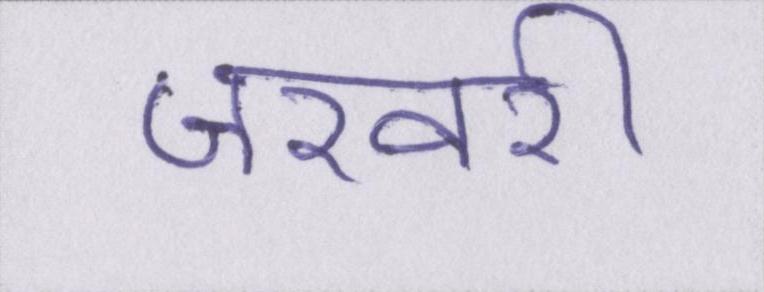
जरवरी